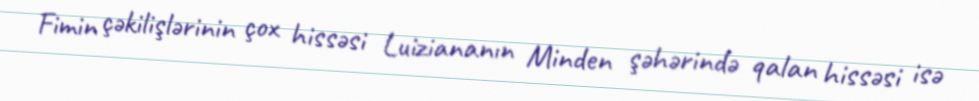
Fimin çəkilişlərinin çox hissəsi Luiziananın Minden şəhərində qalan hissəsi isə